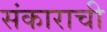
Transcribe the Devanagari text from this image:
संकाराची